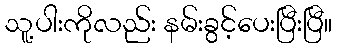
သူ့ပါးကိုလည်း နမ်းခွင့်ပေးပြီးပြီ။